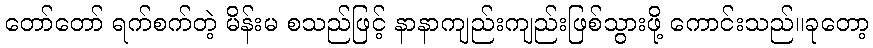
တော်တော် ရက်စက်တဲ့ မိန်းမ စသည်ဖြင့် နာနာကျည်းကျည်းဖြစ်သွားဖို့ ကောင်းသည်။ခုတော့